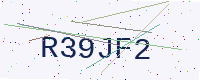
Text: R39JF2